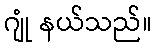
ဂျုံ နယ်သည်။